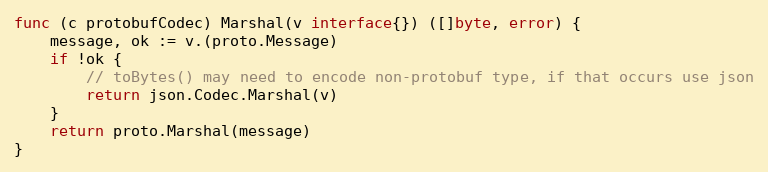
Language: Go
func (c protobufCodec) Marshal(v interface{}) ([]byte, error) {
	message, ok := v.(proto.Message)
	if !ok {
		// toBytes() may need to encode non-protobuf type, if that occurs use json
		return json.Codec.Marshal(v)
	}
	return proto.Marshal(message)
}